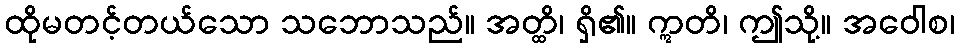
ထိုမတင့်တယ်သော သဘောသည်။ အတ္ထိ၊ ရှိ၏။ ဣတိ၊ ဤသို့။ အဝေါစ၊